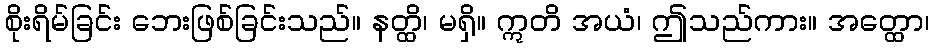
စိုးရိမ်ခြင်း ဘေးဖြစ်ခြင်းသည်။ နတ္ထိ၊ မရှိ။ ဣတိ အယံ၊ ဤသည်ကား။ အတ္ထော၊